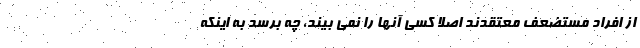
از افراد مستضعف معتقدند اصلا کسی آنها را نمی بیند، چه برسد به اینکه